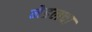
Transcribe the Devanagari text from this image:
मेडलचा